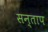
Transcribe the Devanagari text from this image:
सन्‍ताप